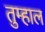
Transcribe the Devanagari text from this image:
तुम्हाल